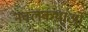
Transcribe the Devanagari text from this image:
नवलकथाओं